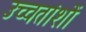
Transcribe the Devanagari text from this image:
उच्चतांशों